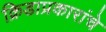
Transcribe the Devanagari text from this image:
क्रिडाप्रकारांचे